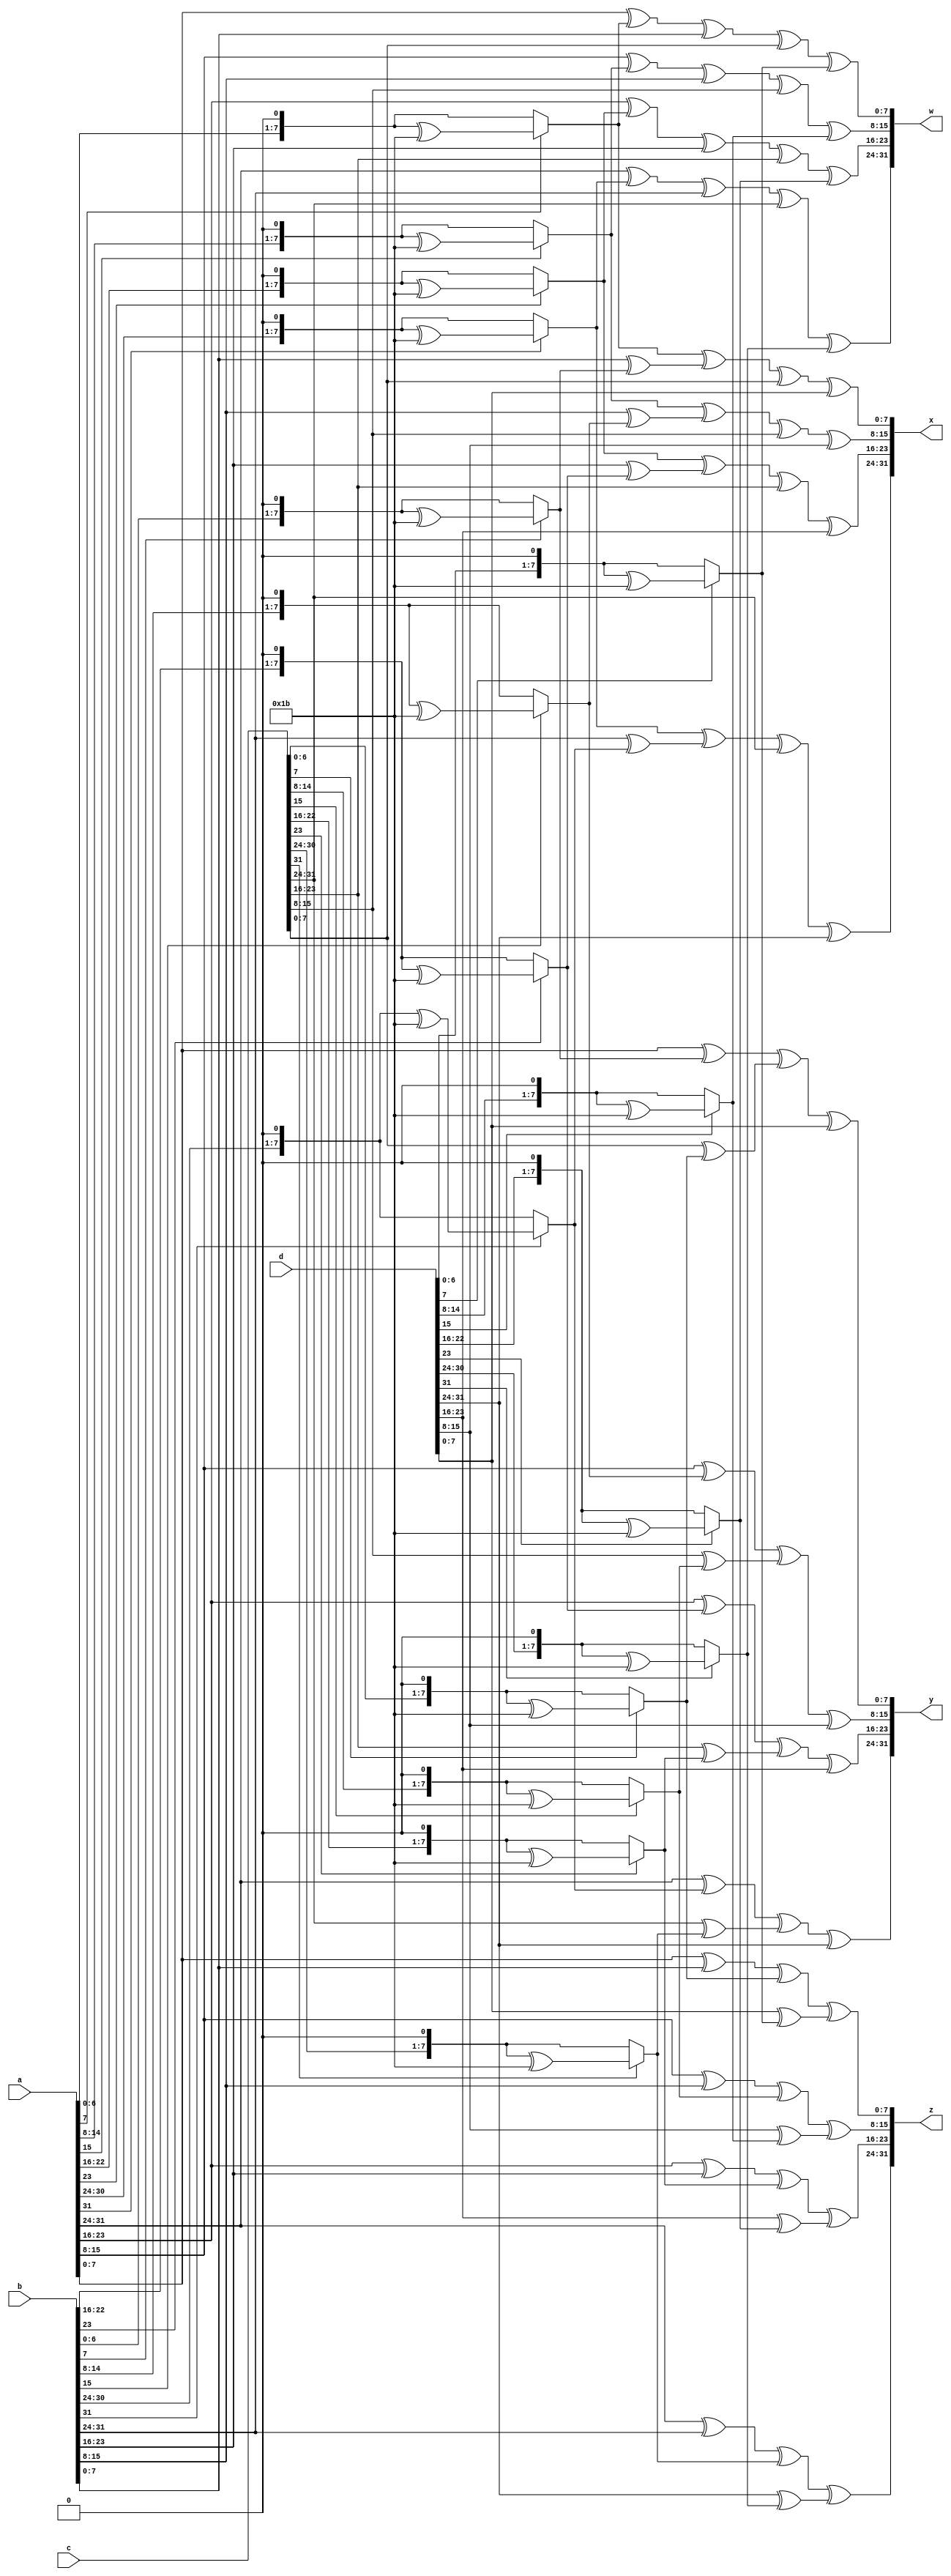
/*
-------------------MIX COLOMNS MODULE---------------------

The INPUT is 4*4 matrix enters in 4 wires a,b,c,d ...EVERY WIRE REPRESENTS A ROW
The OUTPUT is 4*4 matrix enters in 4 wires x,y,z,w ...EVERY WIRE REPRESENTS A ROW
The function mix ...doing the galios_multiplication
*/
module mix_columns (a,b,c,d,x,y,z,w);
  
 
 //INPUTS 
  input [31:0] a ;
  input [31:0] b ;
  input [31:0] c ;
  input [31:0] d ;
 //OUTPUTS
  output [31:0] x;
  output [31:0] y;
  output [31:0] z;
  output [31:0] w;
  //POLY MATRIX
  wire [31:0] p1=32'h02030101 , p2=32'h01020301 , p3=32'h01010203 , p4=32'h03010102 ;
  

    

//FIRST ROW...by multipling the frist row of the poly matrix by the state matrix colomns 
assign x[31:24]= (mix (p1[31:24],a[31:24]) )^ (mix (p1[23:16],b[31:24]) )^ (mix (p1[15:8],c[31:24]) )^ (mix (p1[7:0],d[31:24]) );
assign x[23:16]= (mix (p1[31:24],a[23:16]) )^ (mix (p1[23:16],b[23:16]) )^ (mix (p1[15:8],c[23:16]) )^ (mix (p1[7:0],d[23:16]) );
assign x[15:8]= (mix (p1[31:24],a[15:8]) )^ (mix (p1[23:16],b[15:8]) )^ (mix (p1[15:8],c[15:8]) )^ (mix (p1[7:0],d[15:8]) );
assign x[7:0]= (mix (p1[31:24],a[7:0]) )^ (mix (p1[23:16],b[7:0]) )^ (mix (p1[15:8],c[7:0]) )^ (mix (p1[7:0],d[7:0]) );



//SECOND ROW...by multipling the second row of the poly matrix by the state matrix colomns
assign y[31:24]= (mix (p2[31:24],a[31:24]) )^ (mix (p2[23:16],b[31:24]) )^ (mix (p2[15:8],c[31:24]) )^ (mix (p2[7:0],d[31:24]) );
assign y[23:16]= (mix (p2[31:24],a[23:16]) )^ (mix (p2[23:16],b[23:16]) )^ (mix (p2[15:8],c[23:16]) )^ (mix (p2[7:0],d[23:16]) );
assign y[15:8]= (mix (p2[31:24],a[15:8]) )^ (mix (p2[23:16],b[15:8]) )^ (mix (p2[15:8],c[15:8]) )^ (mix (p2[7:0],d[15:8]) );
assign y[7:0]= (mix (p2[31:24],a[7:0]) )^ (mix (p2[23:16],b[7:0]) )^ (mix (p2[15:8],c[7:0]) )^ (mix (p2[7:0],d[7:0]) );

 

//THIRD ROW...by multipling the third row of the poly matrix by the state matrix colomns
assign z[31:24]= (mix (p3[31:24],a[31:24]) )^ (mix (p3[23:16],b[31:24]) )^ (mix (p3[15:8],c[31:24]) )^ (mix (p3[7:0],d[31:24]) );
assign z[23:16]= (mix (p3[31:24],a[23:16]) )^ (mix (p3[23:16],b[23:16]) )^ (mix (p3[15:8],c[23:16]) )^ (mix (p3[7:0],d[23:16]) );
assign z[15:8]= (mix (p3[31:24],a[15:8]) )^ (mix (p3[23:16],b[15:8]) )^ (mix (p3[15:8],c[15:8]) )^ (mix (p3[7:0],d[15:8]) );
assign z[7:0]= (mix (p3[31:24],a[7:0]) )^ (mix (p3[23:16],b[7:0]) )^ (mix (p3[15:8],c[7:0]) )^ (mix (p3[7:0],d[7:0]) );


//FOURTH ROW...by multipling the fourth row of the poly matrix by the state matrix colomns
assign w[31:24]= (mix (p4[31:24],a[31:24]) )^ (mix (p4[23:16],b[31:24]) )^ (mix (p4[15:8],c[31:24]) )^ (mix (p4[7:0],d[31:24]) );
assign w[23:16]= (mix (p4[31:24],a[23:16]) )^ (mix (p4[23:16],b[23:16]) )^ (mix (p4[15:8],c[23:16]) )^ (mix (p4[7:0],d[23:16]) );
assign w[15:8] = (mix (p4[31:24],a[15:8]) ) ^ (mix (p4[23:16],b[15:8]) ) ^ (mix (p4[15:8],c[15:8]) ) ^ (mix (p4[7:0],d[15:8]) );
assign w[7:0]  = (mix (p4[31:24],a[7:0]) )  ^ (mix (p4[23:16],b[7:0]) )  ^ (mix (p4[15:8],c[7:0]) )  ^ (mix (p4[7:0],d[7:0]) );

 





//POLY_MULTIPLICATION
function [7:0] mix;
  input [7:0] i, k;
  reg [7:0] m1 , m2;
  begin
    
    case(i) //THE POLY MATRIX HAS ONLY 01 , 02 , 03 ...  so we will empliment only multipling by 01 , 02 , 03
      
      8'h01:mix=k;   //while multipling by 1 ...mix(the multipling output) = k(the state byte that will be multiplied by poly one )
      8'h02: begin   //multipling by 2
               if (k[7]==1'b0)  //if the most significant bit = 0 ...multiplication will cause no overflow
                 begin
                   mix=k<<1;   //multipling by 2 causes shift left 1 bit
                 end
               else begin
                     mix= (k<<1)^(8'h1b); //but when the most significant bit =1 ..multiplication will cause overflow so dividing by 283 is a must
                    end
             end
      8'h03: begin  //multipling by 3 
               m1=k;  //multipling by 1
                if (k[7]==1'b0)
                  begin
                   m2=k<<1;
                 end
               else begin
                     m2= (k<<1)^(8'h1b);  //multipling by 2
                    end
                mix =m1^m2; // multipling by 3 = multipling by (1^2)
             end
      default: mix=8'h00;
               
    endcase
  end
endfunction
endmodule